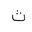
Letter: _tha